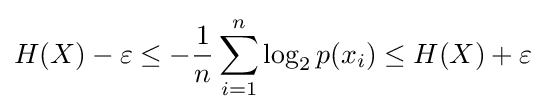
H(X)-\varepsilon \leq -{\frac {1}{n}}\sum _{i=1}^{n}\log _{2}p(x_{i})\leq H(X)+\varepsilon